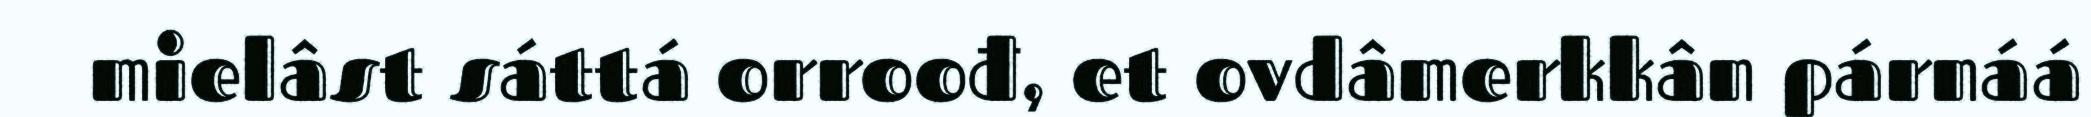
mielâst sáttá orroođ, et ovdâmerkkân párnáá